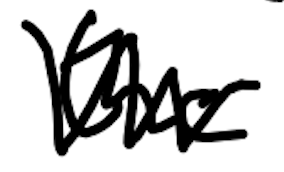
Text: the
Cross-out: zig-zag
Writing tool: digital_black